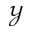
\mathcal { Y }